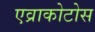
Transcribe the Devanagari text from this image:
एव्राकोटोस